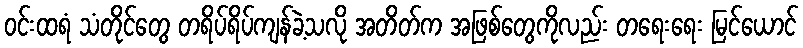
ဝင်းထရံ သံတိုင်တွေ တရိပ်ရိပ်ကျန်ခဲ့သလို အတိတ်က အဖြစ်တွေကိုလည်း တရေးရေး မြင်ယောင်